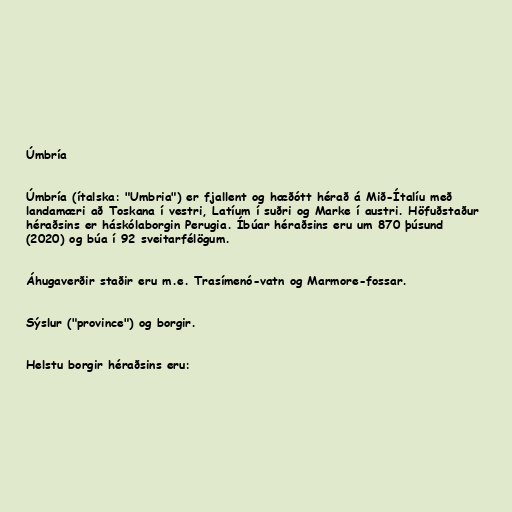
Úmbría

Úmbría (ítalska: "Umbria") er fjallent og hæðótt hérað á Mið-Ítalíu með
landamæri að Toskana í vestri, Latíum í suðri og Marke í austri. Höfuðstaður
héraðsins er háskólaborgin Perugia. Íbúar héraðsins eru um 870 þúsund
(2020) og búa í 92 sveitarfélögum.

Áhugaverðir staðir eru m.e. Trasímenó-vatn og Marmore-fossar.

Sýslur ("province") og borgir.

Helstu borgir héraðsins eru: